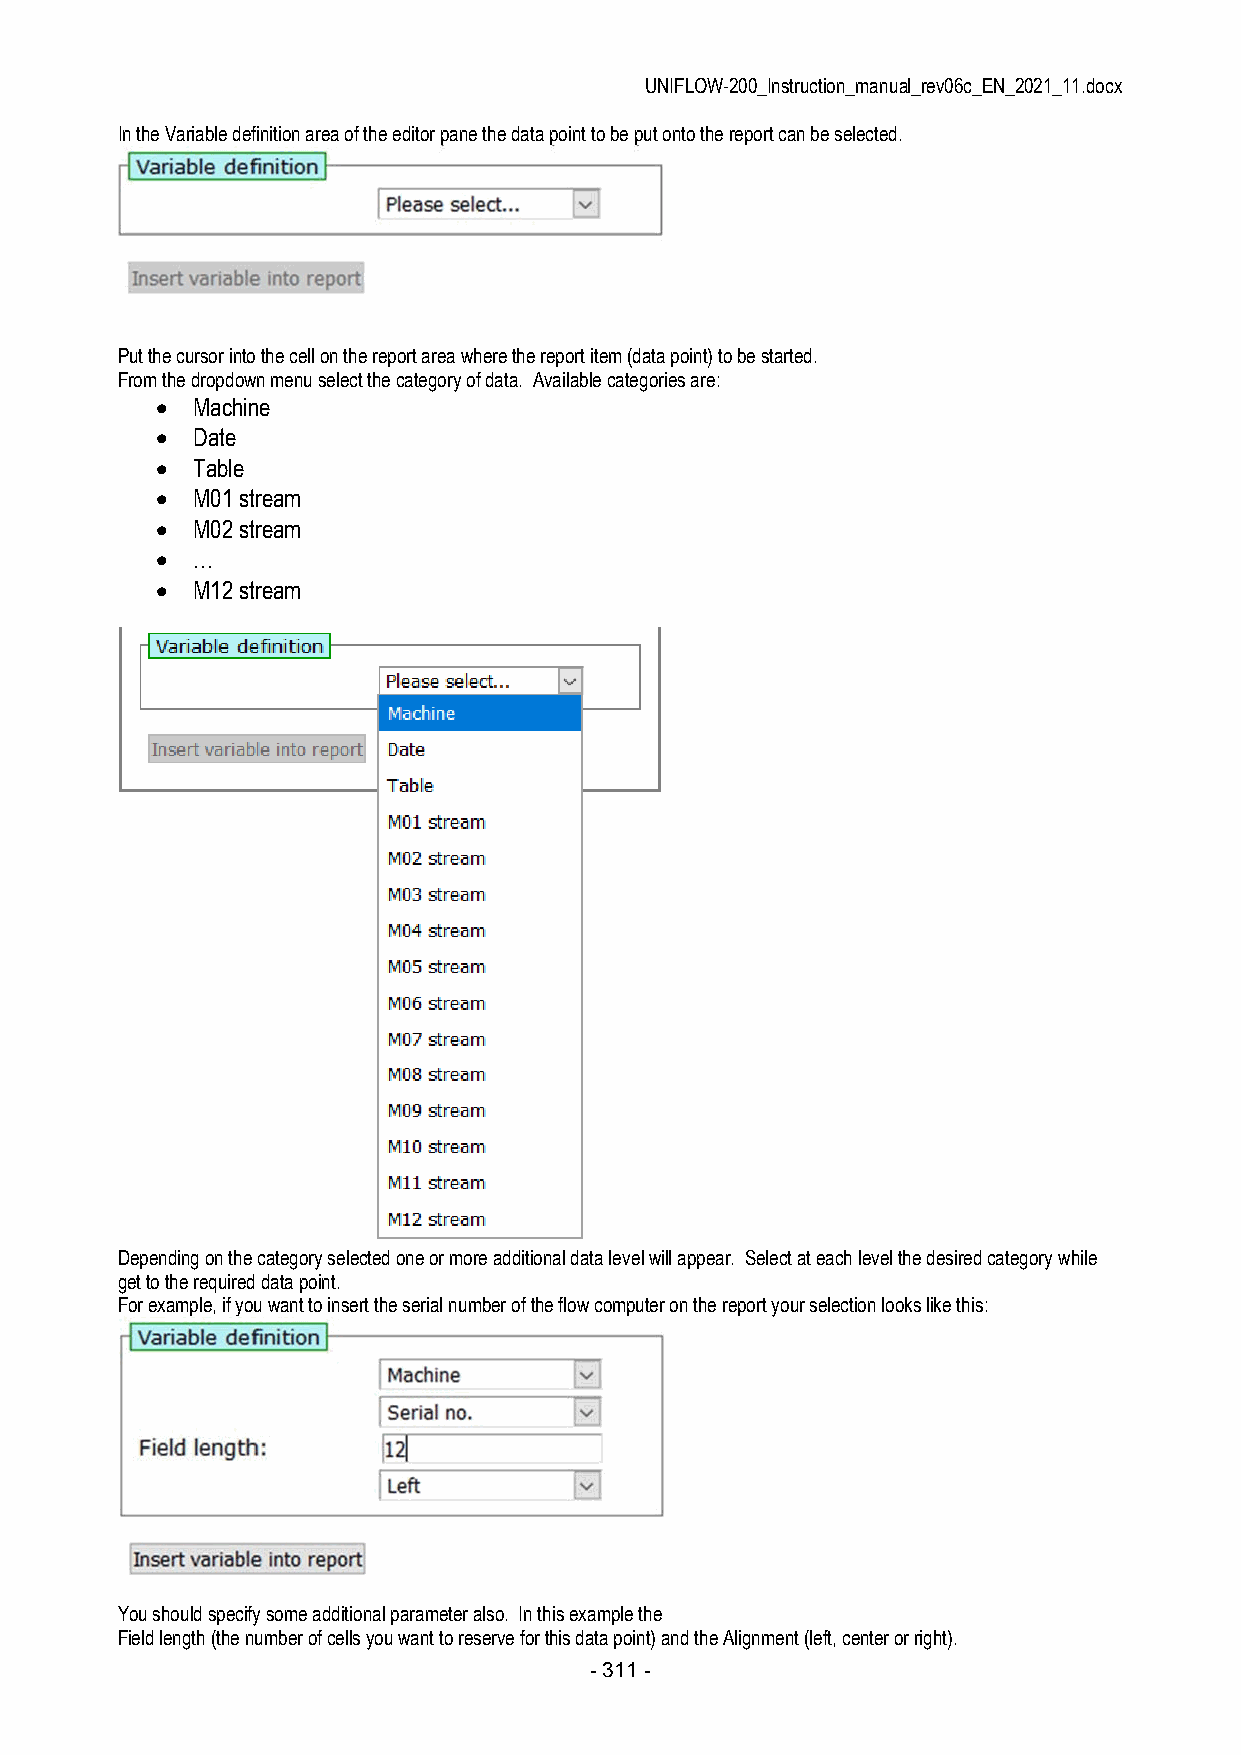
UNIFLOW-200_Instruction_manual_rev06c_EN_2021_11.docx
 In the Variable definition area of the editor pane the data point to be put onto the report can be selected.
 Put the cursor into the cell on the report area where the report item (data point) to be started.
 From the dropdown menu select the category of data. Available categories are:
   Machine
   Date
   Table
   M01 stream
   M02 stream
   …
   M12 stream
 Depending on the category selected one or more additional data level will appear. Select at each level the desired category while
 get to the required data point.
 For example, if you want to insert the serial number of the flow computer on the report your selection looks like this:
 You should specify some additional parameter also. In this example the
 Field length (the number of cells you want to reserve for this data point) and the Alignment (left, center or right).
 - 311 -